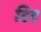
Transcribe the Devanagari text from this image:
टिट